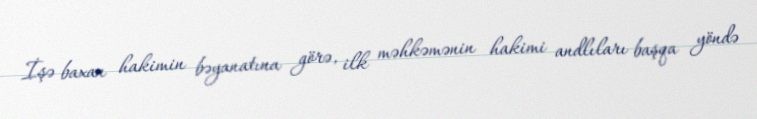
İşə baxan hakimin bəyanatına görə, ilk məhkəmənin hakimi andlıları başqa yöndə